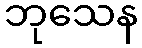
ဘုသေန